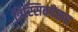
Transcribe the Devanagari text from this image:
त्रिस्सिवपेरुर